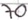
Text: 70